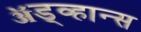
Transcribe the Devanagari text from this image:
ॲड्व्हान्स